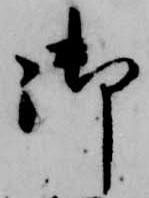
御